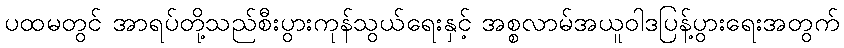
ပထမတွင် အာရပ်တို့သည်စီးပွားကုန်သွယ်ရေးနှင့် အစ္စလာမ်အယူဝါဒပြန့်ပွားရေးအတွက်